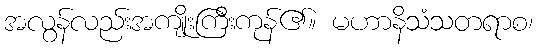
အလွန်လည်းအကျိုးကြီးကုန်၏။ မဟာနိသံသတရာစ၊